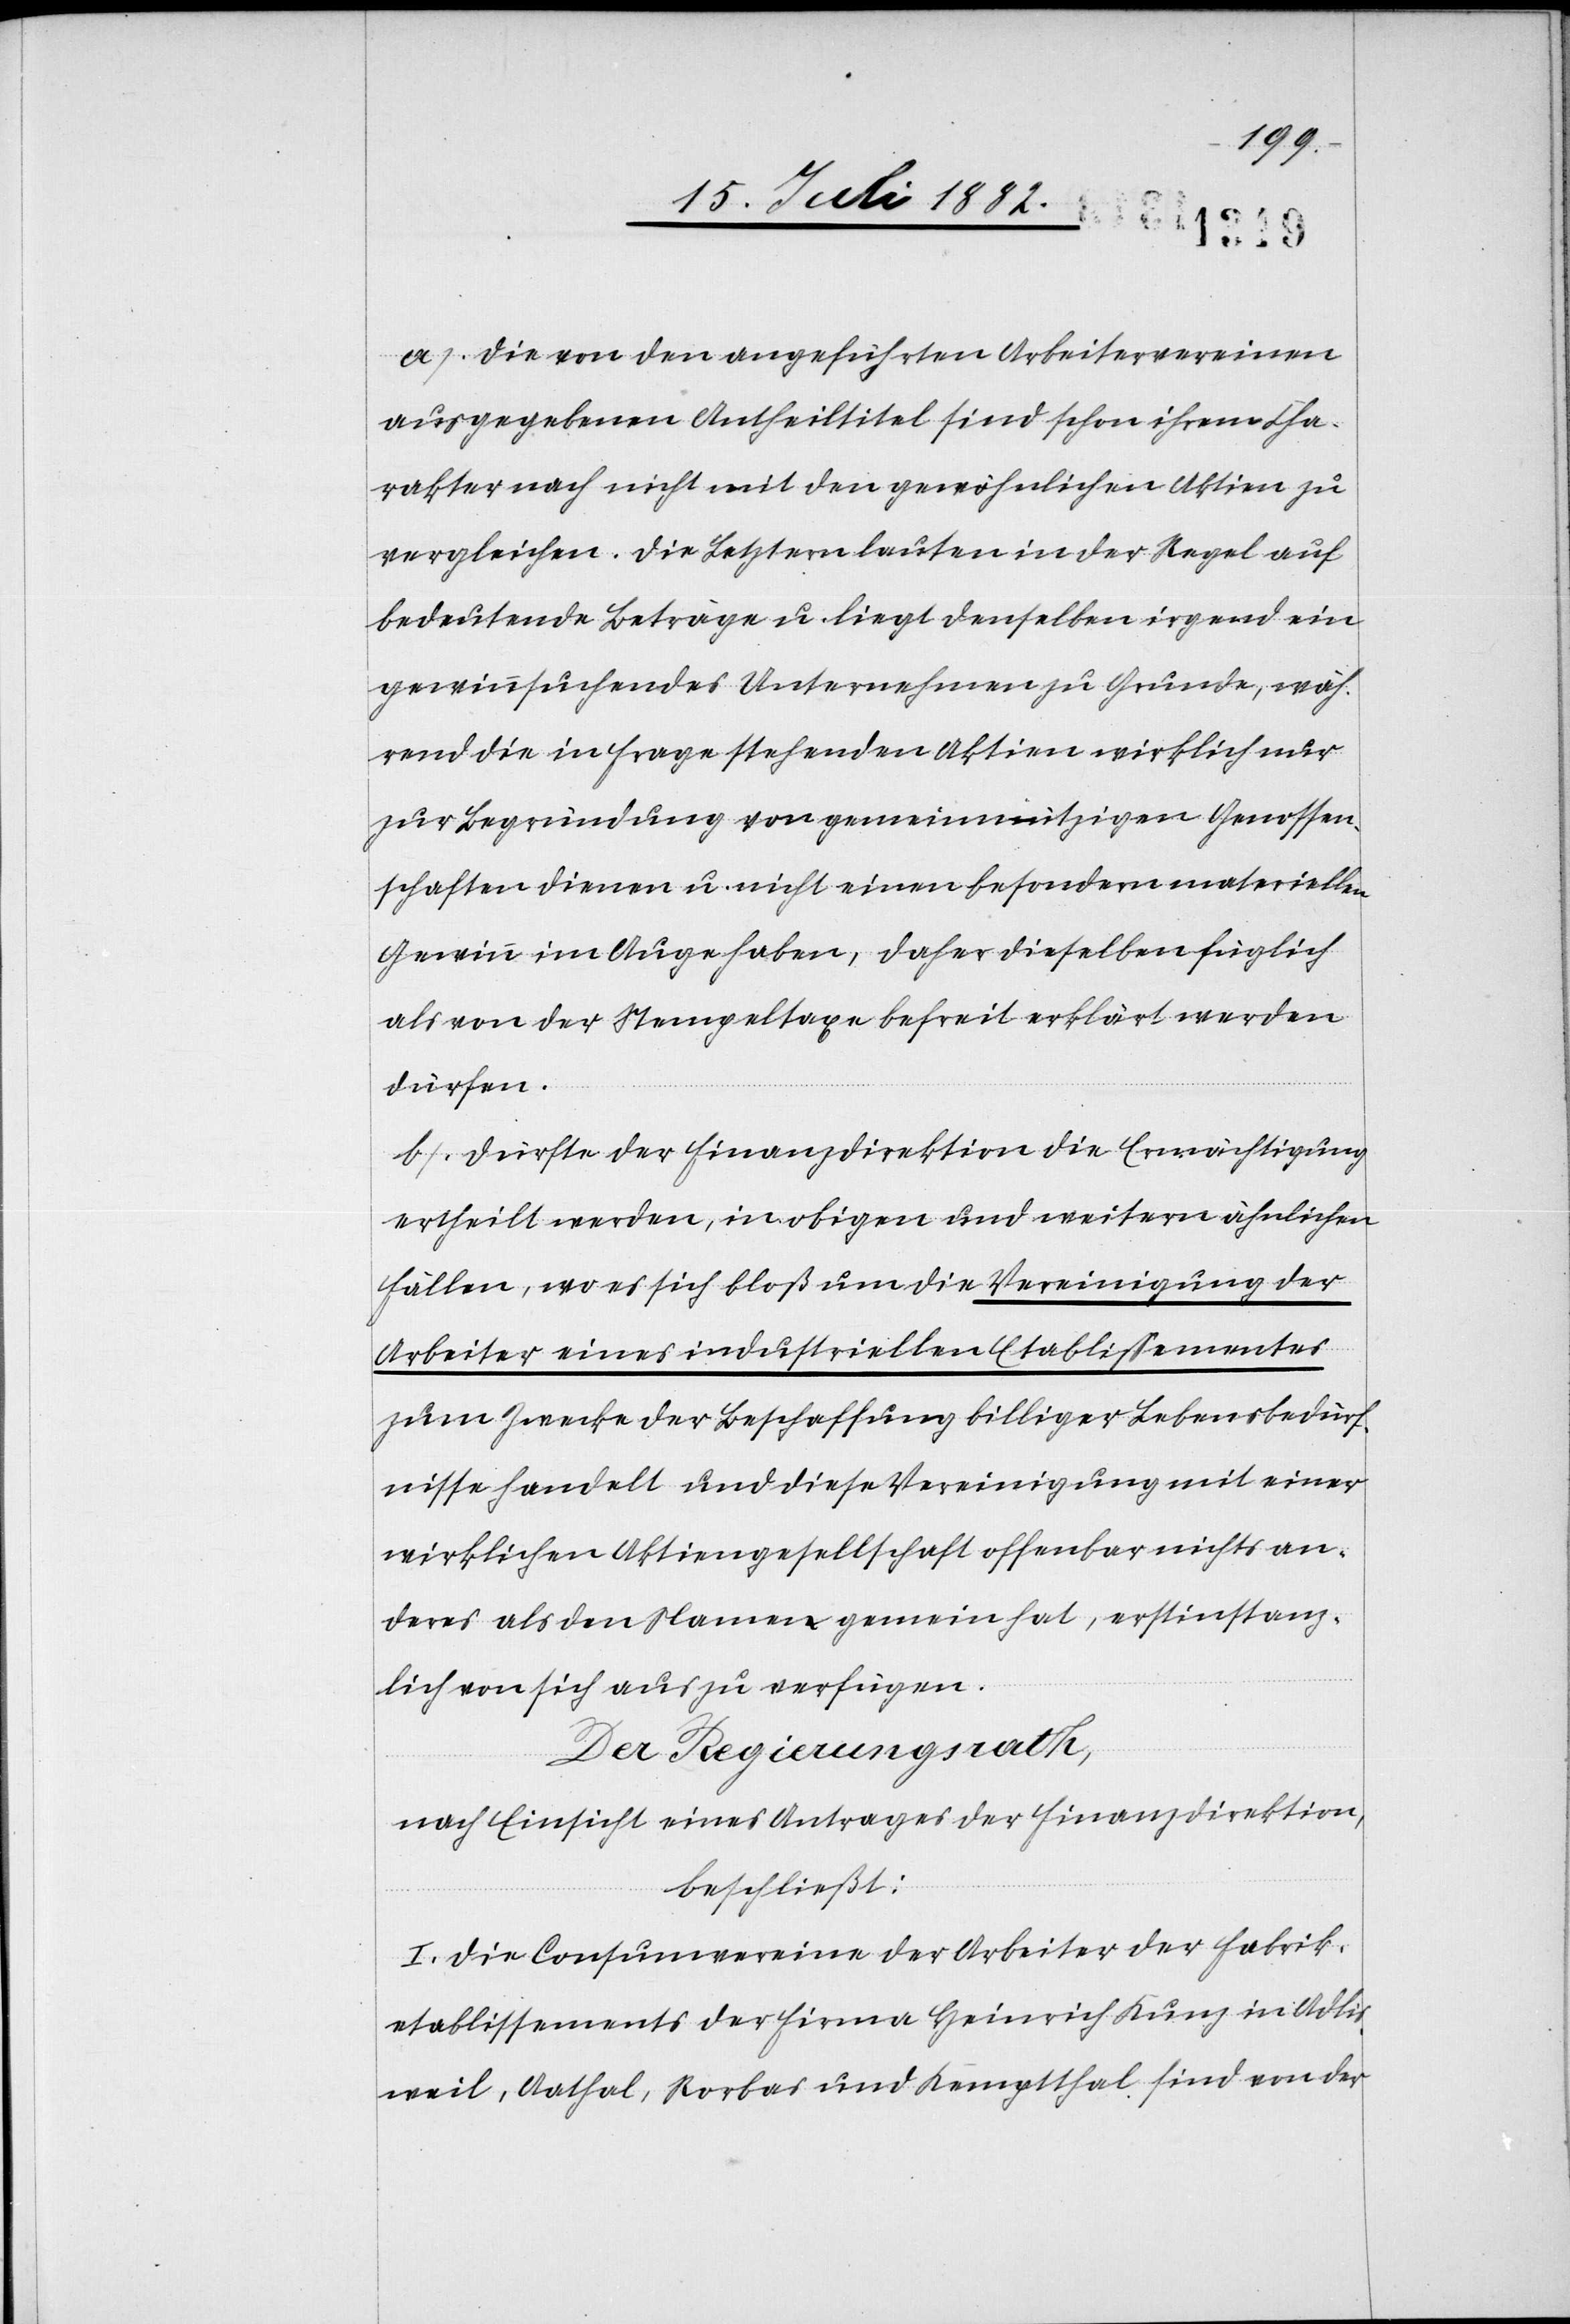
a) die von den angeführten Arbeitervereinen
ausgegebenen Antheiltitel sind schon ihrem Cha¬
rakter nach nicht mit den gewöhnlichen Aktien zu
vergleichen. Die Letztern lauten in der Regel auf
bedeutende Beträge u. liegt denselben irgend ein
gewinnsuchendes Unternehmen zu Grunde, wäh¬
rend die in Frage stehenden Aktien wirklich nur
zur Begründung von gemeinnützigen Genossen¬
schaften dienen u. nicht einen besondern materiellen
Gewinn im Auge haben, daher dieselben füglich
als von der Stempeltaxe befreit erklärt werden
dürfen.
b) dürfte der Finanzdirektion die Ermächtigung
Arbeiter eines industriellen Etablissementes
zum Zwecke der Beschaffung billiger Lebensbedürf¬
nisse handelt und diese Vereinigung mit einer
wirklichen Aktiengesellschaft offenbar nichts an¬
deres als den Namen gemein hat, erstinstanz¬
lich von sich aus zu verfügen.
Der Regierungsrath,
nach Einsicht eines Antrages der Finanzdirektion,
beschließt:
I. Die Consumvereine der Arbeiter der Fabrik¬
etablissements der Firma Heinrich Kunz in Adlis¬
weil, Aathal, Rorbas und Kemptthal sind von der